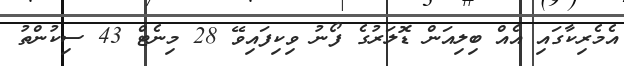
އެމެރިކާގައި އެއް ބިލިއަން ޑޮލަރުގެ ފޯނު ވިކިފައިވޭ 28 މިނެޓް 43 ސިކުންތު